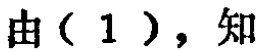
由（1），知